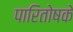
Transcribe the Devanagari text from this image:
पारितोषके